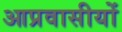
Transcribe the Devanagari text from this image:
आप्रवासीयों